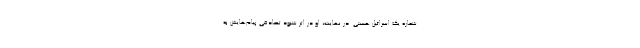
شماره یک اسرائیل هستی. در نهایت، او در اثر شنود تصادفی پیام‌هایش به